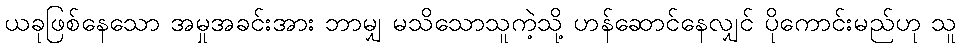
ယခုဖြစ်နေသော အမှုအခင်းအား ဘာမျှ မသိသောသူကဲ့သို့ ဟန်ဆောင်နေလျှင် ပိုကောင်းမည်ဟု သူ